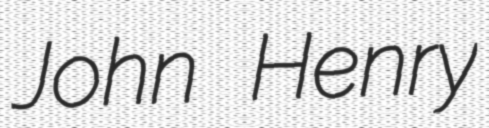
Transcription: John Henry